Madras plague regulations and rules - Volume 2
Disease focus: Plague
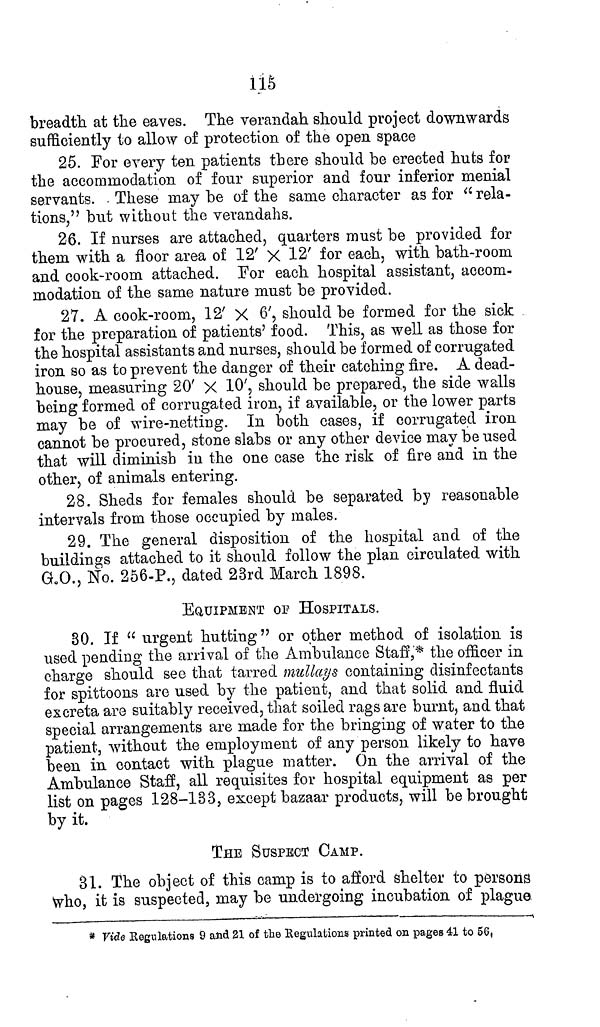
115
breadth at the eaves. The verandah should project downwards
sufficiently to allow of protection of the open space
25. For every ten patients there should be erected huts for
the accommodation of four superior and four inferior menial
servants. . These may be of the same character as for " rela-
tions," but without the verandahs.
26. If nurses are attached, quarters must be provided for
them with a floor area of 12' X 12' for each, with bath-room
and cook-room attached. For each hospital assistant, accom-
modation of the same nature must be provided.
27. A cook-room, 12' X 6', should be formed for the sick
for the preparation of patients' food. This, as well as those for
the hospital assistants and nurses, should be formed of corrugated
iron so as to prevent the danger of their catching fire. A dead-
house, measuring 20' X 10', should be prepared, the side walls
being formed of corrugated iron, if available, or the lower parts
may be of wire-netting. In both cases, if corrugated iron
cannot be procured, stone slabs or any other device may be used
that will diminish in the one case the risk of fire and in the
other, of animals entering.
28. Sheds for females should be separated by reasonable
intervals from those occupied by males.
29. The general disposition of the hospital and of the
buildings attached to it should follow the plan circulated with
G.O., No. 256-P., dated 23rd March 1898.
EQUIPMENT OF HOSPITALS.
30. If "urgent hutting" or other method of isolation is
used pending the arrival of the Ambulance Staff,* the officer in
charge should see that tarred mullays containing disinfectants
for spittoons are used by the patient, and that solid and fluid
excreta are suitably received, that soiled rags are burnt, and that
special arrangements are made for the bringing of water to the
patient, without the employment of any person likely to have
been in contact with plague matter. On the arrival of the
Ambulance Staff, all requisites for hospital equipment as per
list on pages 128-133, except bazaar products, will be brought
by it.
THE SUSPECT CAMP.
31. The object of this camp is to afford shelter to persons
who, it is suspected, may be undergoing incubation of plague,
* Vide Regulations 9 and 21 of the Regulations printed on pages 41 to 56.